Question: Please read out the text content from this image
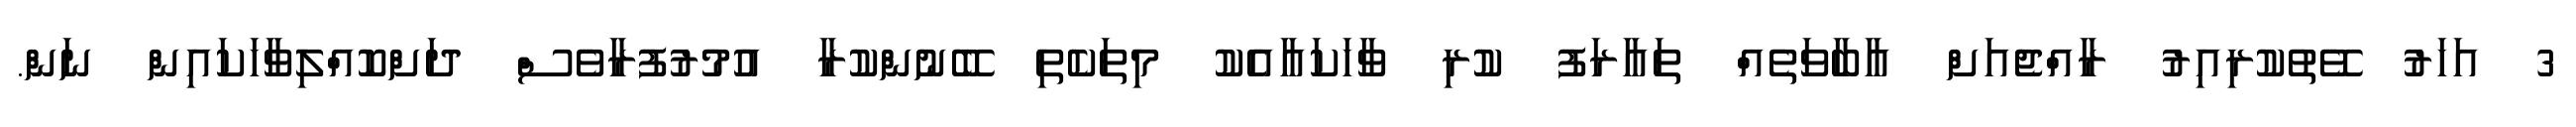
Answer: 3 އަހަރު ވޭތުކުރިއިރު ރާއްޖެއަށް އާބާވަތެއް ތައާރަފު ކުރި ވާހަކައާއެކު މިތަކެތި ބޭނުންކުރާ އުމުރުފުރާވެސް ދަށްކޮއްލިވާހަކައިން ނަން.